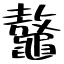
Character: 鼇